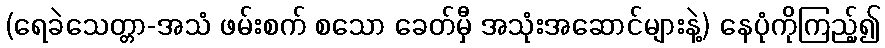
(ရေခဲသေတ္တာ-အသံ ဖမ်းစက် စသော ခေတ်မှီ အသုံးအဆောင်များနဲ့) နေပုံကိုကြည့်၍